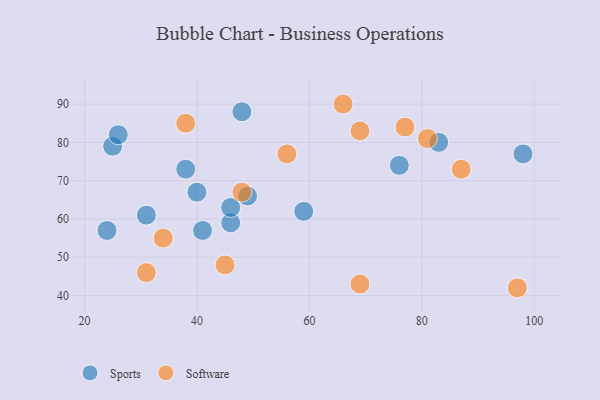
{"axis": {"x": "GDP", "y": "Life Expectancy"}, "legend": ["Software", "Sports"], "data": [{"x": "59", "y": 62, "type": "Sports"}, {"x": "40", "y": 67, "type": "Sports"}, {"x": "24", "y": 57, "type": "Sports"}, {"x": "38", "y": 73, "type": "Sports"}, {"x": "25", "y": 79, "type": "Sports"}, {"x": "26", "y": 82, "type": "Sports"}, {"x": "31", "y": 61, "type": "Sports"}, {"x": "98", "y": 77, "type": "Sports"}, {"x": "41", "y": 57, "type": "Sports"}, {"x": "48", "y": 88, "type": "Sports"}, {"x": "76", "y": 74, "type": "Sports"}, {"x": "83", "y": 80, "type": "Sports"}, {"x": "46", "y": 59, "type": "Sports"}, {"x": "46", "y": 63, "type": "Sports"}, {"x": "49", "y": 66, "type": "Sports"}, {"x": "45", "y": 48, "type": "Software"}, {"x": "38", "y": 85, "type": "Software"}, {"x": "81", "y": 81, "type": "Software"}, {"x": "69", "y": 43, "type": "Software"}, {"x": "97", "y": 42, "type": "Software"}, {"x": "69", "y": 83, "type": "Software"}, {"x": "87", "y": 73, "type": "Software"}, {"x": "56", "y": 77, "type": "Software"}, {"x": "48", "y": 67, "type": "Software"}, {"x": "34", "y": 55, "type": "Software"}, {"x": "31", "y": 46, "type": "Software"}, {"x": "66", "y": 90, "type": "Software"}, {"x": "77", "y": 84, "type": "Software"}]}